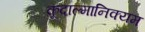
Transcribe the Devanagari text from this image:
कूदाल्मानिक्यम